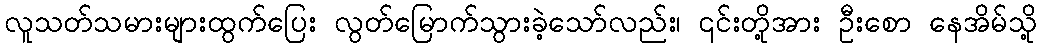
လူသတ်သမားများထွက်ပြေး လွတ်မြောက်သွားခဲ့သော်လည်း၊ ၎င်းတို့အား ဦးစော နေအိမ်သို့